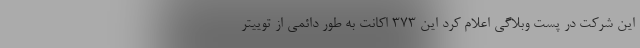
این شرکت در پست وبلاگی اعلام کرد این ۳۷۳ اکانت به طور دائمی از توییتر